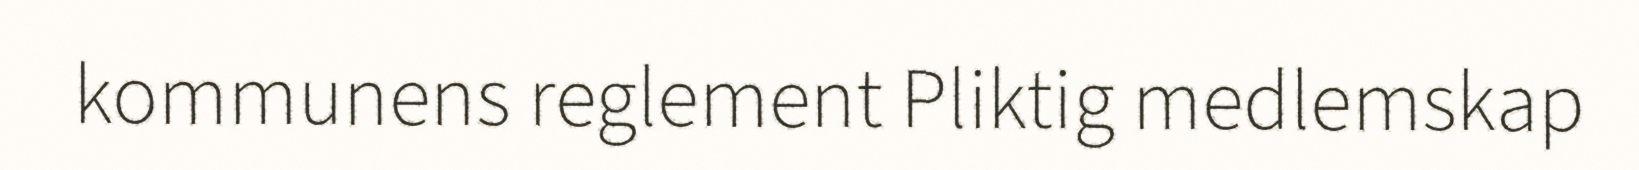
kommunens reglement Pliktig medlemskap